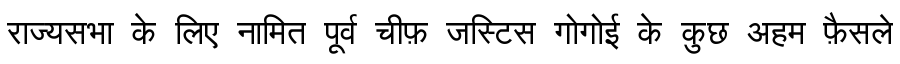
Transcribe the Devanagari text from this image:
राज्यसभा के लिए नामित पूर्व चीफ़ जस्टिस गोगोई के कुछ अहम फ़ैसले